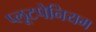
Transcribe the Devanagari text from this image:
प्लूटपेनियम